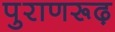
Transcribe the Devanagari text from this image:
पुराणरूढ़